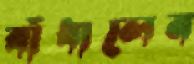
বাঁধালেন